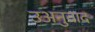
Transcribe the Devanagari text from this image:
उअनुवाद